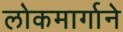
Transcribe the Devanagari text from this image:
लोकमार्गाने